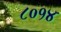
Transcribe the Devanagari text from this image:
८०१४